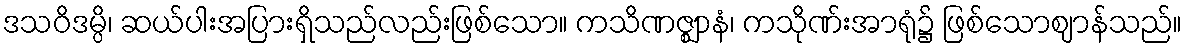
ဒသဝိဒမ္ပိ၊ ဆယ်ပါးအပြားရှိသည်လည်းဖြစ်သော။ ကသိဏဇ္ဈာနံ၊ ကသိုဏ်းအာရုံ၌ ဖြစ်သောဈာန်သည်။